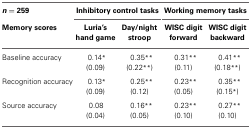
| n = 259 | <COLSPAN=2> Inhibitory control tasks | <COLSPAN=2> Working memory tasks |
 | Memory scores | Luria's hand game | Day/night stroop | WISC digit forward | WISC digit backward |
 | --- | --- | --- | --- | --- |
 | Baseline accuracy | 0.14* | 0.35** | 0.31** | 0.41** |
 |  | (0.09) | (0.22**) | (0.11) | (0.18**) |
 | Recognition accuracy | 0.13* | 0.25** | 0.23** | 0.35** |
 |  | (0.09) | (0.12) | (0.05) | (0.15*) |
 | Source accuracy | 0.08 | 0.16** | 0.23** | 0.27** |
 |  | (0.04) | (0.05) | (0.10) | (0.10) |